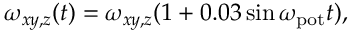
\omega _ { x y , z } ( t ) = \omega _ { x y , z } ( 1 + 0 . 0 3 \sin \omega _ { \mathrm { p o t } } t ) ,